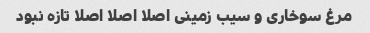
مرغ سوخاری و سیب زمینی اصلا اصلا اصلا تازه نبود